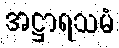
အဋ္ဌာရသမံ